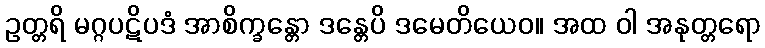
ဥတ္တရိ မဂ္ဂပဋိပဒံ အာစိက္ခန္တော ဒန္တေပိ ဒမေတိယေဝ။ အထ ဝါ အနုတ္တရော